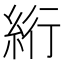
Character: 絎